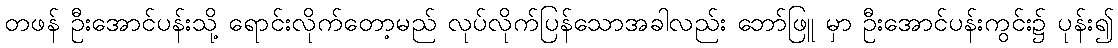
တဖန် ဦးအောင်ပန်းသို့ ရောင်းလိုက်တော့မည် လုပ်လိုက်ပြန်သောအခါလည်း ဘော်ဖြူ မှာ ဦးအောင်ပန်းကွင်း၌ ပုန်း၍